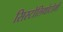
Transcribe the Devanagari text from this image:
सिस्टोलिथोटोमी